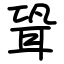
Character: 聓